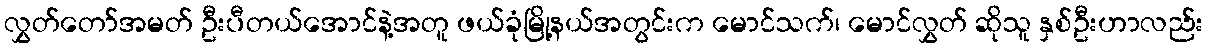
လွှတ်တော်အမတ် ဦးပီတယ်အောင်နဲ့အတူ ဖယ်ခုံမြို့နယ်အတွင်းက မောင်သက်၊ မောင်လွှတ် ဆိုသူ နှစ်ဦးဟာလည်း